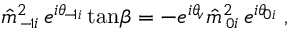
\hat { m } ^ { 2 } \! \! _ { { \scriptscriptstyle \mathrm { - } \! 1 } i } \, e ^ { i \theta \! _ { { \scriptscriptstyle \mathrm { - } \! 1 } i } } \tan \! \beta = - e ^ { i \theta \! _ { v } } \hat { m } ^ { 2 } \! \! _ { { \scriptscriptstyle 0 } i } \, e ^ { i \theta \! _ { { \scriptscriptstyle 0 } i } } \; ,